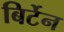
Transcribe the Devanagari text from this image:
बिर्टेन